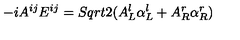
- i A ^ { i j } E ^ { i j } = S q r t { 2 } ( A _ { L } ^ { l } \alpha _ { L } ^ { l } + A _ { R } ^ { r } \alpha _ { R } ^ { r } )